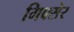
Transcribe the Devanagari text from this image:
मिक्सेर